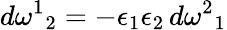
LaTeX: d\omega^{1}{}_{2}=-\epsilon_{1}\epsilon_{2}\, d\omega^{2}{}_{1}